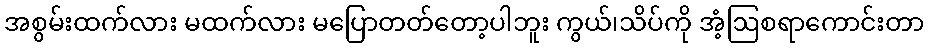
အစွမ်းထက်လား မထက်လား မပြောတတ်တော့ပါဘူး ကွယ်၊သိပ်ကို အံ့ဩစရာကောင်းတာ